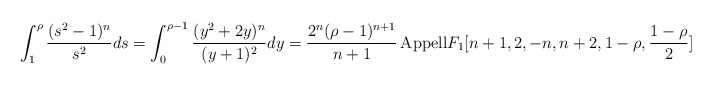
\begin{align*}\int ^{\rho}_{1}\frac{(s^{2}-1)^{n}}{s^{2}}ds= \int^{\rho-1}_{0}\frac{(y^{2}+2y)^{n}}{(y+1)^{2}}dy=\frac{2^{n}(\rho-1)^{n+1}}{n+1}\,{\rm{Appell}}F_{1}[n+1,2,-n,n+2,1-\rho,\frac{1-\rho}{2}]\end{align*}